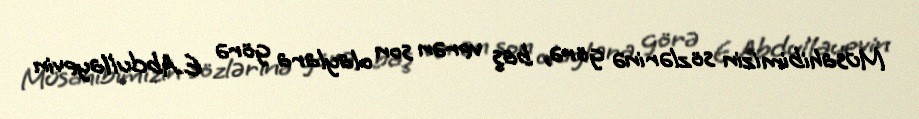
Müsahibimizin sözlərinə görə, baş verən son olaylara görə E.Abdullayevin